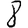
Digit: 8